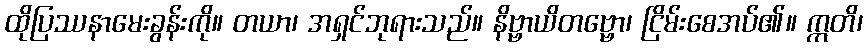
ထိုပြဿနာမေးခွန်းကို။ တယာ၊ အရှင်ဘုရားသည်။ နိဗ္ဗာယိတဗ္ဗော၊ ငြိမ်းစေအပ်၏။ ဣတိ၊